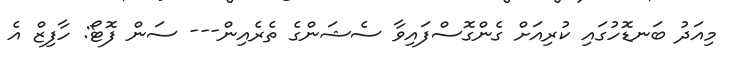
މިއަދު ބަނޑޮހުގައި ކުރިއަށް ގެންގޮސްފައިވާ ސެޝަންގެ ތެރެއިން--- ސަން ފޮޓޯ: ހާފިޒް އެ